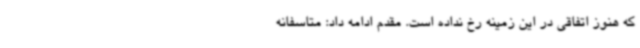
که هنوز اتفاقی در این زمینه رخ نداده است. مقدم ادامه داد: متاسفانه